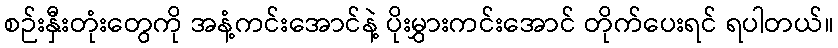
စဉ်းနှီးတုံးတွေကို အနံ့ကင်းအောင်နဲ့ ပိုးမွှားကင်းအောင် တိုက်ပေးရင် ရပါတယ်။